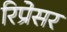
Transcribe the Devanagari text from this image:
रिप्रेसर